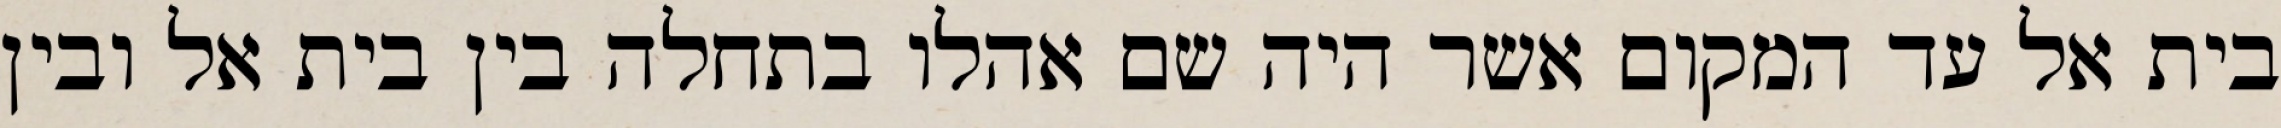
בית אל עד המקום אשר היה שם אהלו בתחלה בין בית אל ובין